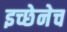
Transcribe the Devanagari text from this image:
इच्छेनेच